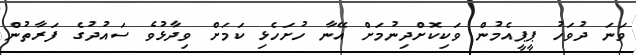
ވަނަ ދުވަހު ޕީޕީއެމުން ވަކިކޮށްދިނުމަށް އޭނާ ހުށަހެޅި ކަމަށް ވިދާޅުވެ ސައުދުގެ ފަރާތުން